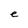
Character: e